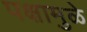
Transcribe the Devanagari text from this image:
पक्षामुळे